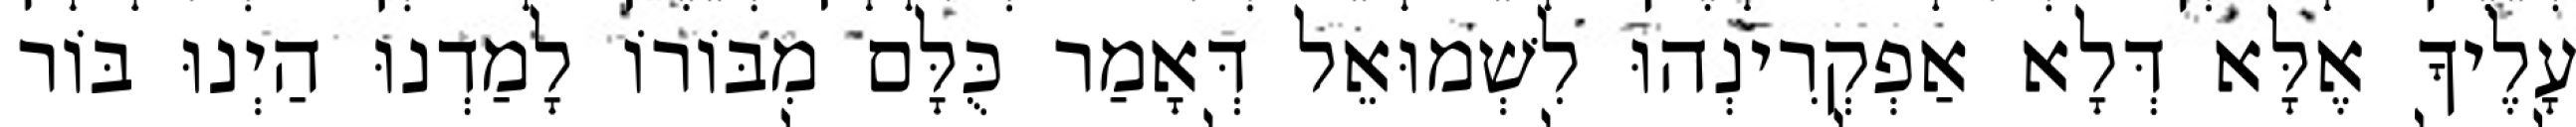
עָלֶיךָ אֶלָּא דְּלָא אַפְקְרִינְהוּ לִשְׁמוּאֵל דְּאָמַר כֻּלָּם מִבּוֹרוֹ לָמַדְנוּ הַיְנוּ בּוֹר